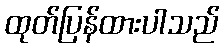
ထုတ်ပြန်ထားပါသည်